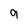
Character: 9